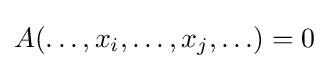
A(\ldots ,x_{i},\ldots ,x_{j},\ldots )=0